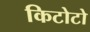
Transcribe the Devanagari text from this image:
किटोटो